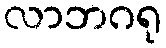
လာဘဂရု